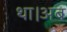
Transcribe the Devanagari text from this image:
था।अब